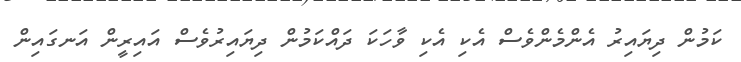
ކަމުން ދިޔައިރު އެންމެންވެސް އެކި އެކި ވާހަކަ ދައްކަމުން ދިޔައިރުވެސް އައިރީން އަނގައިން